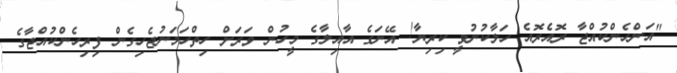
"އަންހެންކުއްޖާ ރޮއެރޮއެ ހަލާކުނުވީ ކިރިޔާ! އޭނަގެ އާއިލާގެ މީހުން ވަރަށް ހިތްހަމަނުޖެހިގެން ފިރިހެންކުއްޖާގެ